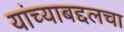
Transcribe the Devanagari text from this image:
यांच्याबद्दलचा